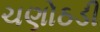
ચણોઠડી